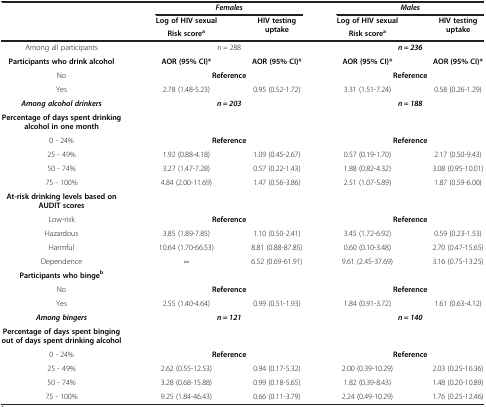
<table><thead><tr><td><b> </b></td><td colspan="2"><b><i>Females</i></b></td><td colspan="2"><b><i>Males</i></b></td></tr><tr><td><b> </b></td><td><b>Log of HIV sexual</b></td><td><b>HIV testing uptake</b></td><td><b>Log of HIV sexual</b></td><td><b>HIV testing uptake</b></td></tr><tr><td><b> </b></td><td><b>Risk score<sup>a</sup></b></td><td><b> </b></td><td><b>Risk score<sup>a</sup></b></td><td><b> </b></td></tr></thead><tbody><tr><td>Among all participants</td><td colspan="2">n = 288</td><td colspan="2"><b><i>n = 236</i></b></td></tr><tr><td><b>Participants who drink alcohol</b></td><td><b>AOR (95% CI)*</b></td><td><b>AOR (95% CI)*</b></td><td><b>AOR (95% CI)*</b></td><td><b>AOR (95% CI)*</b></td></tr><tr><td>No</td><td colspan="2"><b>Reference</b></td><td colspan="2"><b>Reference</b></td></tr><tr><td>Yes</td><td>2.78 (1.48-5.23)</td><td>0.95 (0.52-1.72)</td><td>3.31 (1.51-7.24)</td><td>0.58 (0.26-1.29)</td></tr><tr><td><b><i>Among alcohol drinkers</i></b></td><td colspan="2"><b><i>n = 203</i></b></td><td colspan="2"><b><i>n = 188</i></b></td></tr><tr><td><b>Percentage of days spent drinking alcohol in one month</b></td><td> </td><td> </td><td> </td><td> </td></tr><tr><td>0 - 24%</td><td colspan="2"><b>Reference</b></td><td colspan="2"><b>Reference</b></td></tr><tr><td>25 - 49%</td><td>1.92 (0.88-4.18)</td><td>1.09 (0.45-2.67)</td><td>0.57 (0.19-1.70)</td><td>2.17 (0.50-9.43)</td></tr><tr><td>50 - 74%</td><td>3.27 (1.47-7.28)</td><td>0.57 (0.22-1.43)</td><td>1.88 (0.82-4.32)</td><td>3.08 (0.95-10.01)</td></tr><tr><td>75 - 100%</td><td>4.84 (2.00-11.69)</td><td>1.47 (0.56-3.86)</td><td>2.51 (1.07-5.89)</td><td>1.87 (0.59-6.00)</td></tr><tr><td><b>At-risk drinking levels based on AUDIT scores</b></td><td> </td><td> </td><td> </td><td> </td></tr><tr><td>Low-risk</td><td colspan="2"><b>Reference</b></td><td colspan="2"><b>Reference</b></td></tr><tr><td>Hazardous</td><td>3.85 (1.89-7.85)</td><td>1.10 (0.50-2.41)</td><td>3.45 (1.72-6.92)</td><td>0.59 (0.23-1.53)</td></tr><tr><td>Harmful</td><td>10.64 (1.70-66.53)</td><td>8.81 (0.88-87.85)</td><td>0.60 (0.10-3.48)</td><td>2.70 (0.47-15.65)</td></tr><tr><td>Dependence</td><td>∞</td><td>6.52 (0.69-61.91)</td><td>9.61 (2.45-37.69)</td><td>3.16 (0.75-13.25)</td></tr><tr><td><b>Participants who binge</b><sup><b>b</b></sup></td><td> </td><td> </td><td> </td><td> </td></tr><tr><td>No</td><td colspan="2"><b>Reference</b></td><td colspan="2"><b>Reference</b></td></tr><tr><td>Yes</td><td>2.55 (1.40-4.64)</td><td>0.99 (0.51-1.93)</td><td>1.84 (0.91-3.72)</td><td>1.61 (0.63-4.12)</td></tr><tr><td><b><i>Among bingers</i></b></td><td colspan="2"><b><i>n = 121</i></b></td><td colspan="2"><b><i>n = 140</i></b></td></tr><tr><td><b>Percentage of days spent binging out of days spent drinking alcohol</b></td><td> </td><td> </td><td> </td><td> </td></tr><tr><td>0 - 24%</td><td colspan="2"><b>Reference</b></td><td colspan="2"><b>Reference</b></td></tr><tr><td>25 - 49%</td><td>2.62 (0.55-12.53)</td><td>0.94 (0.17-5.32)</td><td>2.00 (0.39-10.29)</td><td>2.03 (0.25-16.36)</td></tr><tr><td>50 - 74%</td><td>3.28 (0.68-15.88)</td><td>0.99 (0.18-5.65)</td><td>1.82 (0.39-8.43)</td><td>1.48 (0.20-10.89)</td></tr><tr><td>75 - 100%</td><td>9.25 (1.84-46.43)</td><td>0.66 (0.11-3.79)</td><td>2.24 (0.49-10.29)</td><td>1.76 (0.25-12.46)</td></tr></tbody></table>